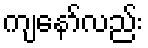
ကျနော်လည်း